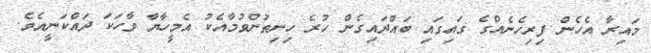
މައިރާ އެހެން ފިރިހެނެއްގެ ގައިގައި ބައްދައިގެން ހުރެ ހިނިތުންވުމާއެކު އެމީހާޔާ ވާހަކަ ދައްކަނީއެވެ.